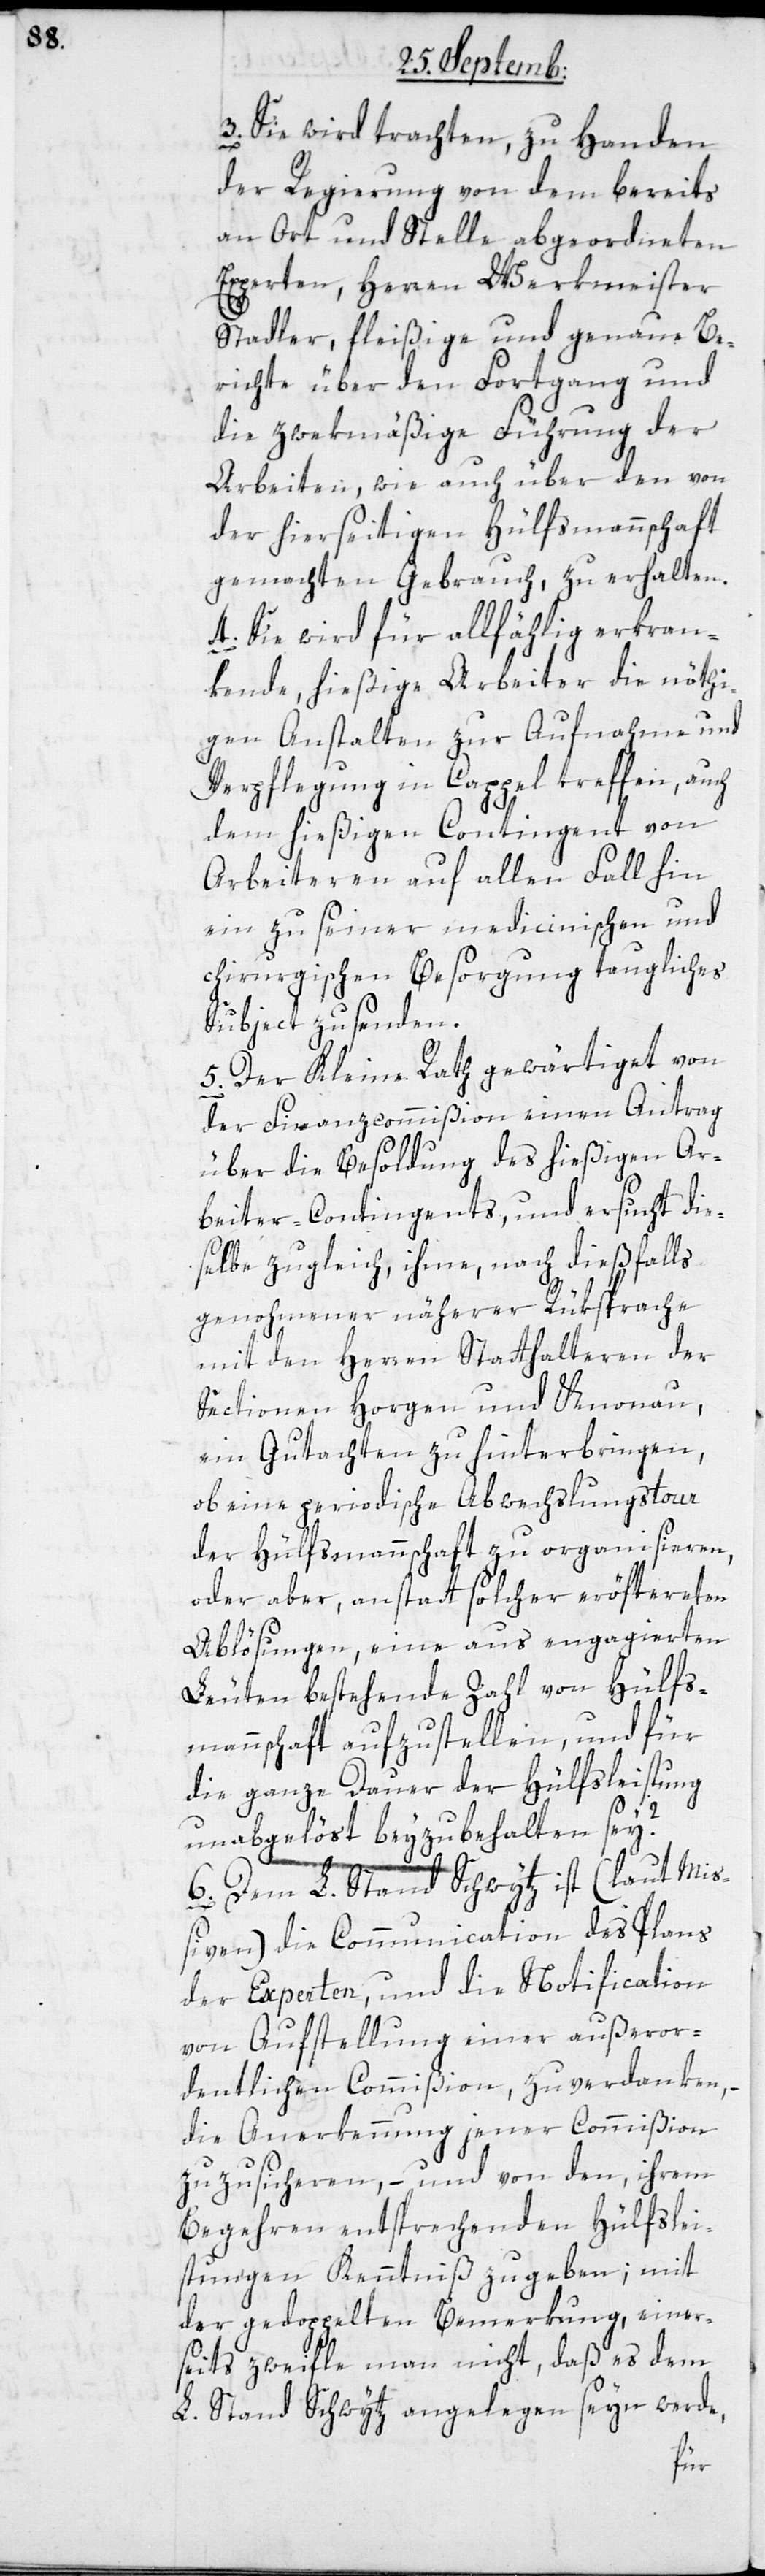
3. Sie wird trachten, zu Handen
der Regierung von dem bereits
an Ort und Stelle abgeordneten
Experten, Herren Werkmeister
Stadler, fleißige und genaue Be¬
richte über den Fortgang und
die zwekmäßige Führung der
Arbeiten, wie auch über den von
der hierseitigen Hülfsmannschaft
gemachten Gebrauch, zu erhalten.
4. Sie wird für allfählig erkran¬
kende, hießige Arbeiter die nöthi¬
gen Anstalten zur Aufnahme und
Verpflegung in Cappel treffen, auch
dem hießigen Contingent von
Arbeiteren auf allen Fall hin
ein zu seiner medicinischen und
chirurgischen Besorgung taugliches
Subject zu senden.
5. Der Kleine Rath gewärtiget von
der Finanzcommißion einen Antrag
über die Besoldung des hießigen Ar¬
beiter-Contingents, und ersucht die¬
selbe zugleich, ihme, nach dießfalls
genohmener näherer Rüksprache
mit den Herren Statthalteren der
Sectionen Horgen und Knonau,
ein Gutachten zu hinterbringen,
ob eine periodische Abwechslungstour
der Hülfsmannschaft zu organisieren,
oder aber, anstatt solcher eröftereten
Ablösungen, eine aus engagierten
Leuten bestehende Zahl von Hülfs¬
mannschaft aufzustellen, und für
die ganze Dauer der Hülfsleistung
unabgelöst beyzubehalten sei?
6. Dem L. Stand Schwytz ist (laut Mi¬
ßiven) die Communication des Plans
der Experten, und die Notification
von Aufstellung einer außeror¬
dentlichen Commißion, zu verdanken,
die Anerkennung jener Commißion
zuzusicheren, – und von den, ihrem
Begehren entsprechenden Hülfslei¬
stungen Kenntniß zu geben; mit
der gedoppelten Bemerkung, einer¬
seits zweifle man nicht, daß es dem
L. Stand Schwytz angelegen sein werde,